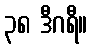
၃၈ ဒီဂရီ။